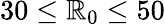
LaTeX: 30\le{\mathbb{R}_{0}}\le50